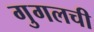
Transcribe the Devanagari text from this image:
गुगलची